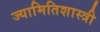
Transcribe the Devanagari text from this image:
ज्यामितिशास्त्री